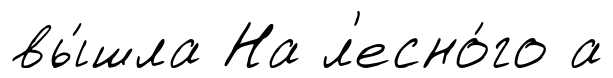
вы́шла На л'есно́го а